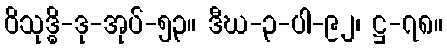
ဝိသုဒ္ဓိ-ဒု-အုပ်-၅၃။ ဒီဃ-၃-ပါ-၉၂၊ ဋ္ဌ-၇၈။